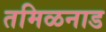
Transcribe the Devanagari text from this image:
तमिळनाड